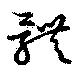
體